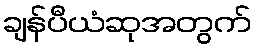
ချန်ပီယံဆုအတွက်